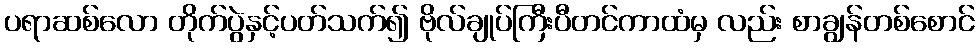
ပရာဆစ်လော တိုက်ပွဲနှင့်ပတ်သက်၍ ဗိုလ်ချုပ်ကြီးပီတင်ကာထံမှ လည်း စာချွန်တစ်စောင်